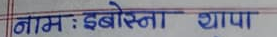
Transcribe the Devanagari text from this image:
नाम : इबोस्ना थापा